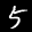
Label: 5